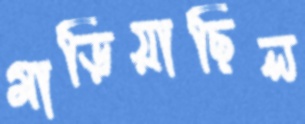
মাড়িয়াছিল